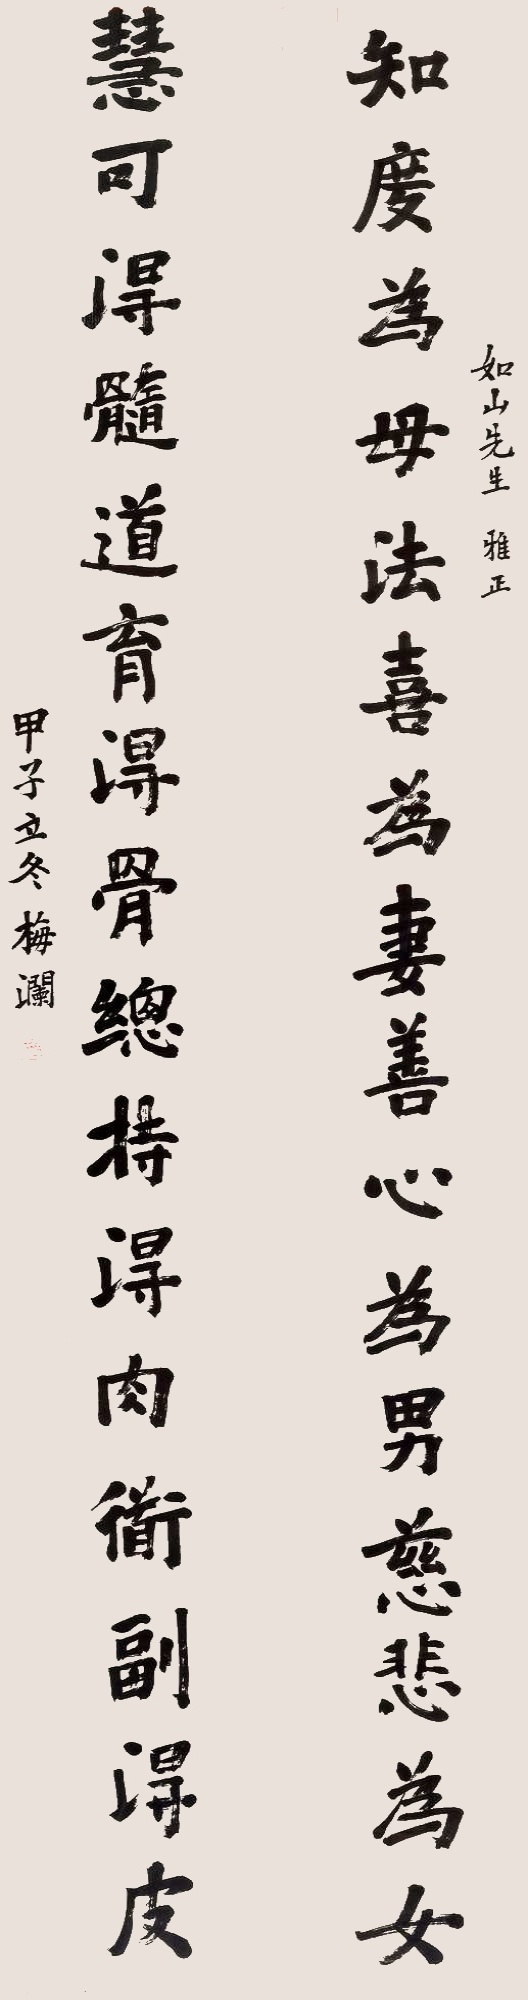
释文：知度为母法喜为妻善心为男慈悲为女，慧可得髓道育得骨总持得肉衜副得皮。如山先生雅正。甲子立冬，梅澜。